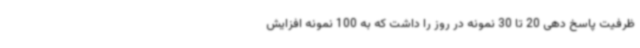
ظرفیت پاسخ دهی 20 تا 30 نمونه در روز را داشت که به 100 نمونه افزایش